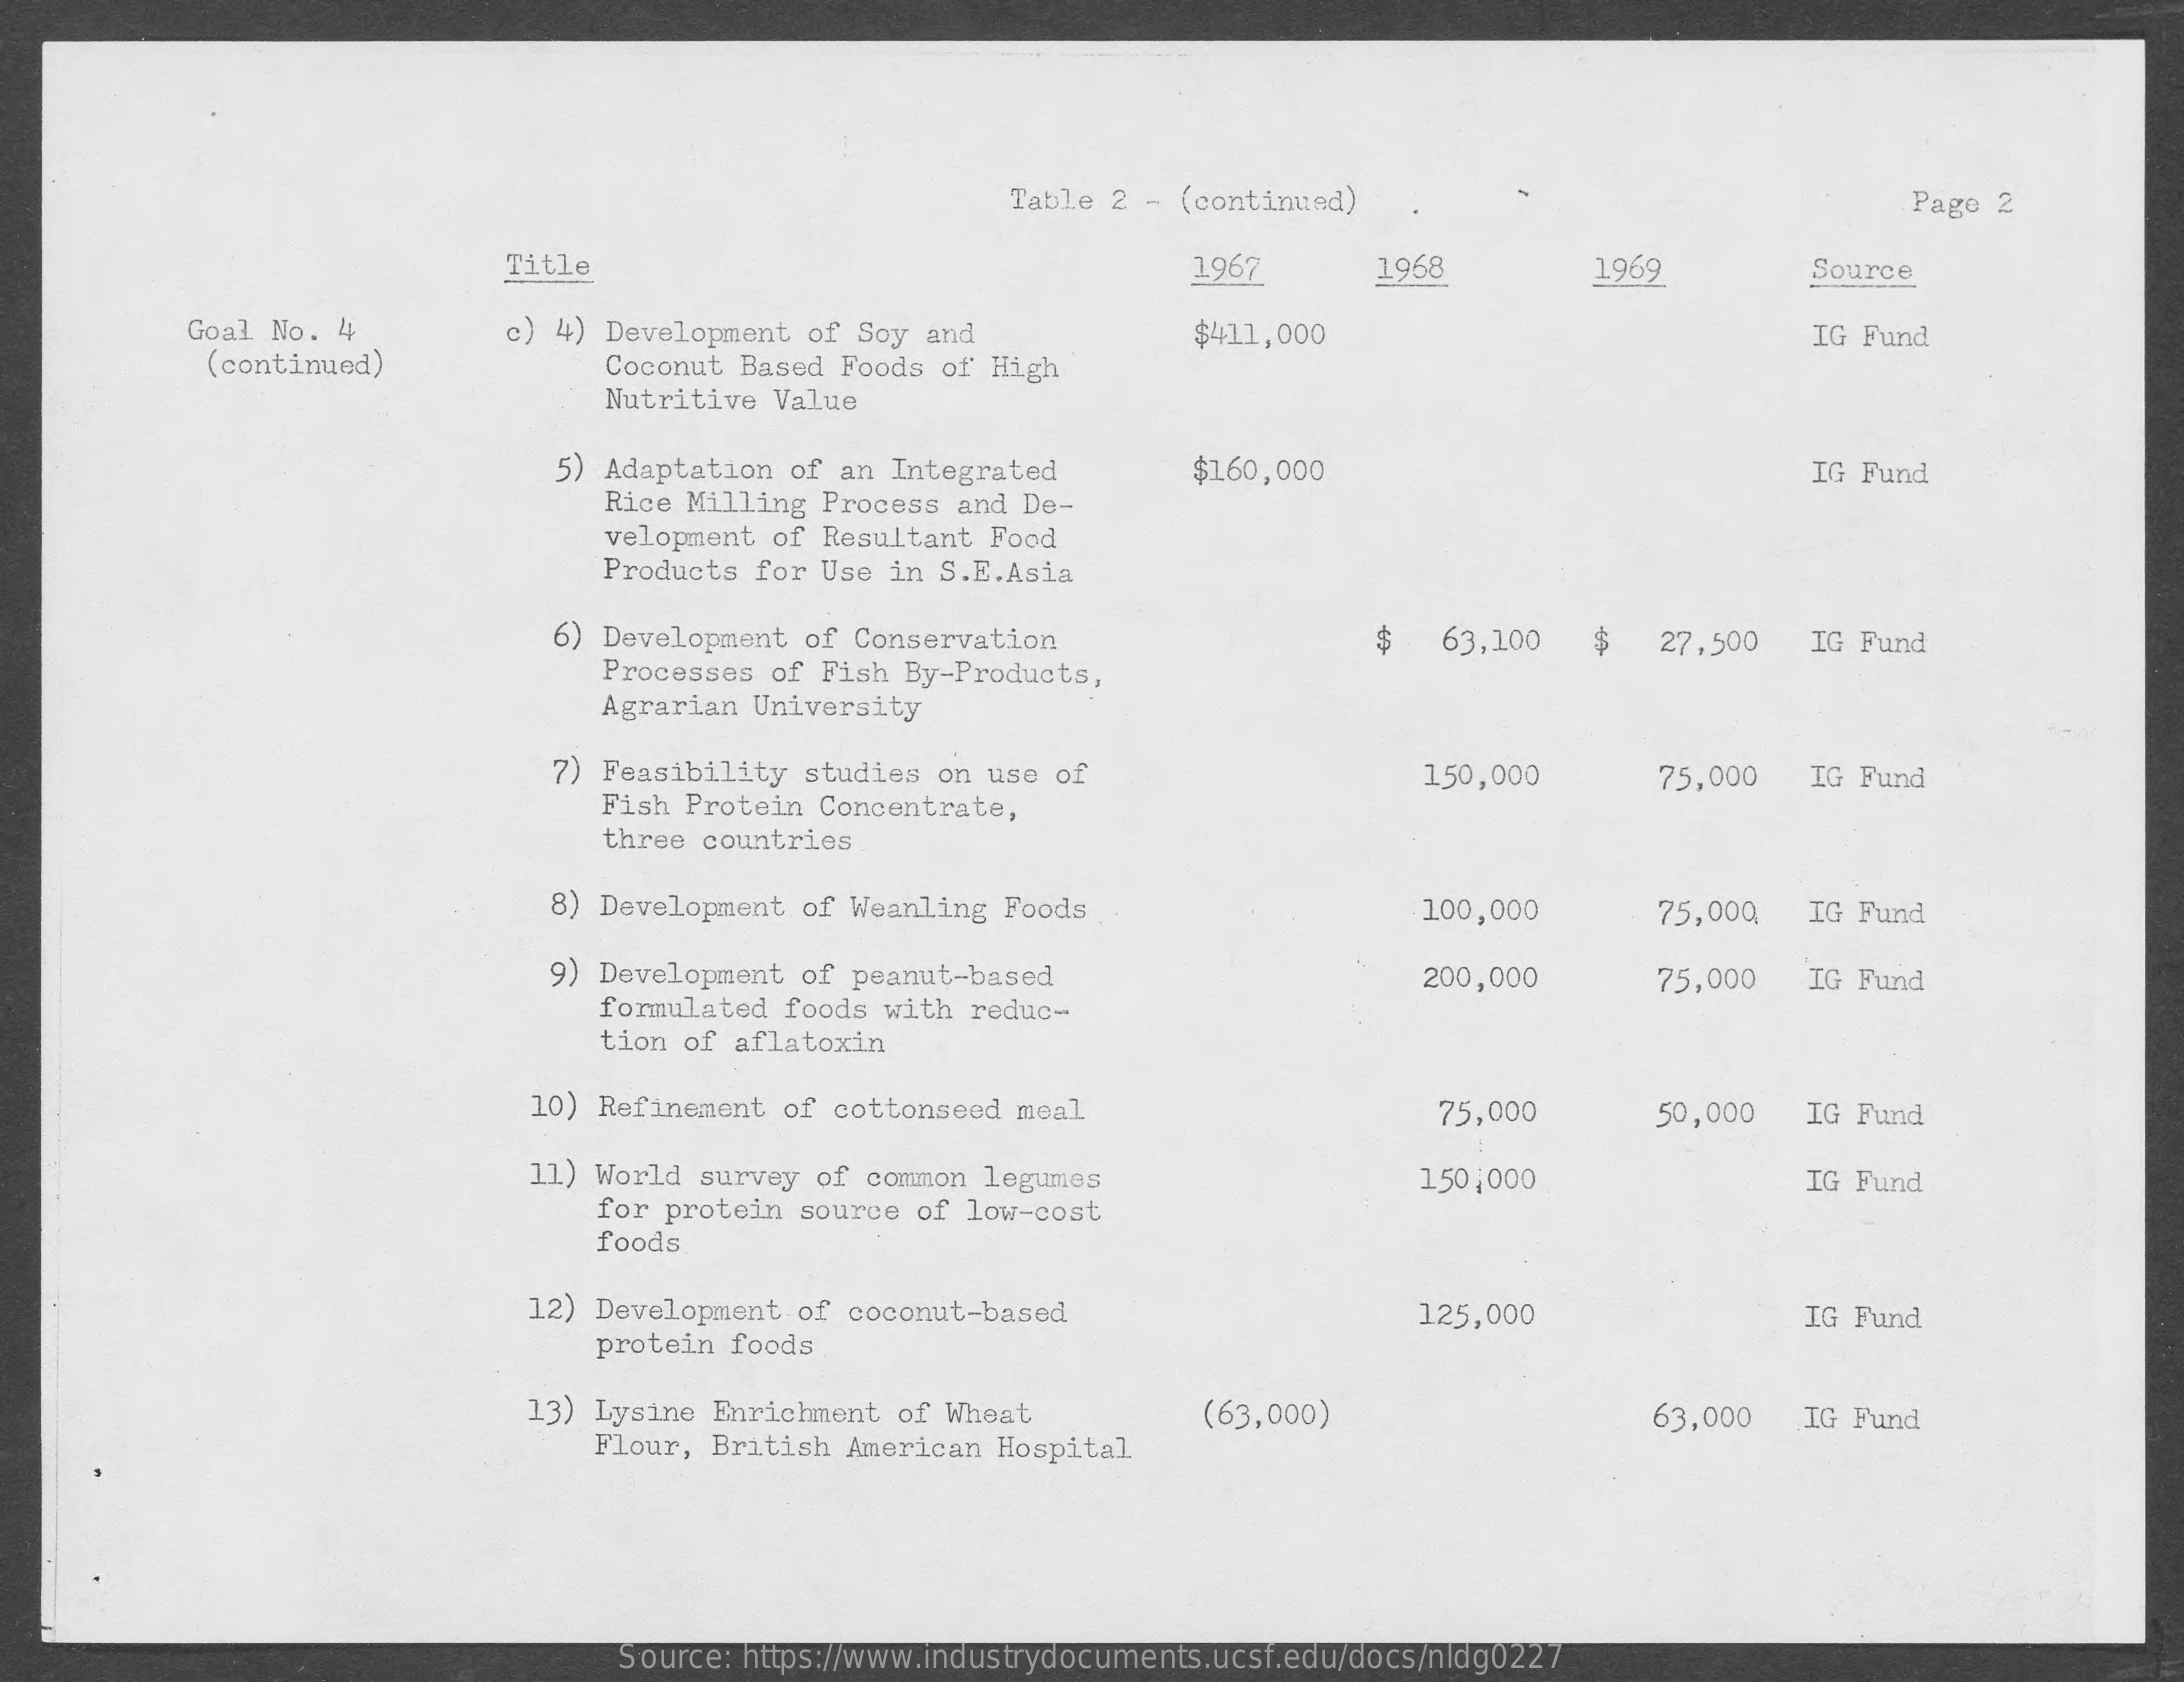
Table  2 - (continued)    Page 2
     Title    1967    1968    1969    Source
     Goal No. 4    c) 4) Development  of Soy and    $411,000    IG Fund
     (continued)    Coconut Based  Foods of High
     Nutritive Value
     5) Adaptation of  an Integrated    $160,000    IG Fund
     Rice Milling Process  and De-
     velopment of Resultant  Food
     Products for Use  in S.E.Asia
     6) Development of Conservation    $   63,100    $   27,500   IG Fund
     Processes of Fish  By-Products,
     Agrarian University
     7) Feasibility studies  on use of
     Fish Protein Concentrate,
     150,000    75,000   IG Fund
     three countries
     8) Development of Weanling  Foods    100,000    75,000   IG Fund
     9) Development of peanut-based    200,000    75,000   IG Fund
     formulated foods with  reduc-
     tion of aflatoxin
     10) Refinement  of cottonseed  meal    75,000    50,000   IG Fund
     11) World  survey of common legumes    150,000    IG Fund
     for protein source of  low-cost
     foods
     12) Development  of coconut-based    125,000    IG Fund
     protein  foods
     13) Lysine  Enrichment of Wheat    (63,000)
     Flour, British  American Hospital
     63,000   IG Fund
     Source: https://www.industrydocuments.ucsf.edu/docs/nldg0227